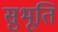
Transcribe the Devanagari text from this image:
सुभूति